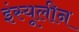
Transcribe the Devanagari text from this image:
इंस्यूलीन